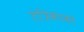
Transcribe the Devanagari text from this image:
तंत्रिकाको